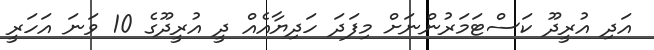
އަދި އުރީދޫ ކަސްޓަމަރުންނަށް މިފަދަ ހަދިޔާއެއް ދީ އުރީދޫގެ 10 ވަނަ އަހަރީ